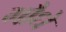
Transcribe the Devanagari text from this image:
मौधे